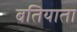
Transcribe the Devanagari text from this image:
बतियाता